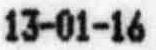
13-01-16